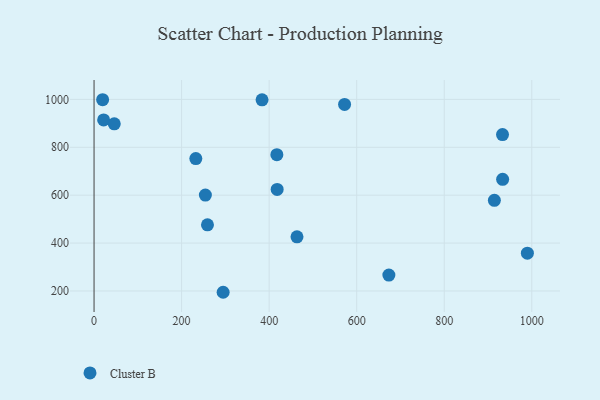
{"axis": {"x": "Price", "y": "Fuel Efficiency"}, "legend": ["Cluster B"], "data": [{"x": "933.4", "y": 666.2, "type": "Cluster B"}, {"x": "21.9", "y": 914.3, "type": "Cluster B"}, {"x": "19.6", "y": 998.6, "type": "Cluster B"}, {"x": "933.1", "y": 853.2, "type": "Cluster B"}, {"x": "232.5", "y": 752.9, "type": "Cluster B"}, {"x": "383.8", "y": 998.1, "type": "Cluster B"}, {"x": "914.5", "y": 578.7, "type": "Cluster B"}, {"x": "463.6", "y": 426.2, "type": "Cluster B"}, {"x": "673.5", "y": 266.3, "type": "Cluster B"}, {"x": "989.9", "y": 357.9, "type": "Cluster B"}, {"x": "418.3", "y": 624.0, "type": "Cluster B"}, {"x": "294.9", "y": 194.6, "type": "Cluster B"}, {"x": "572.3", "y": 978.8, "type": "Cluster B"}, {"x": "417.6", "y": 769.1, "type": "Cluster B"}, {"x": "46.2", "y": 897.8, "type": "Cluster B"}, {"x": "254.3", "y": 600.5, "type": "Cluster B"}, {"x": "259.1", "y": 476.4, "type": "Cluster B"}]}